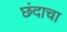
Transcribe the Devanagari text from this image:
छंदाचा